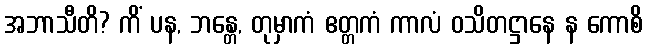
အဘာသီတိ? ကိံ ပန, ဘန္တေ, တုမှာကံ ဧတ္တကံ ကာလံ ဝသိတဋ္ဌာနေ န ကောစိ